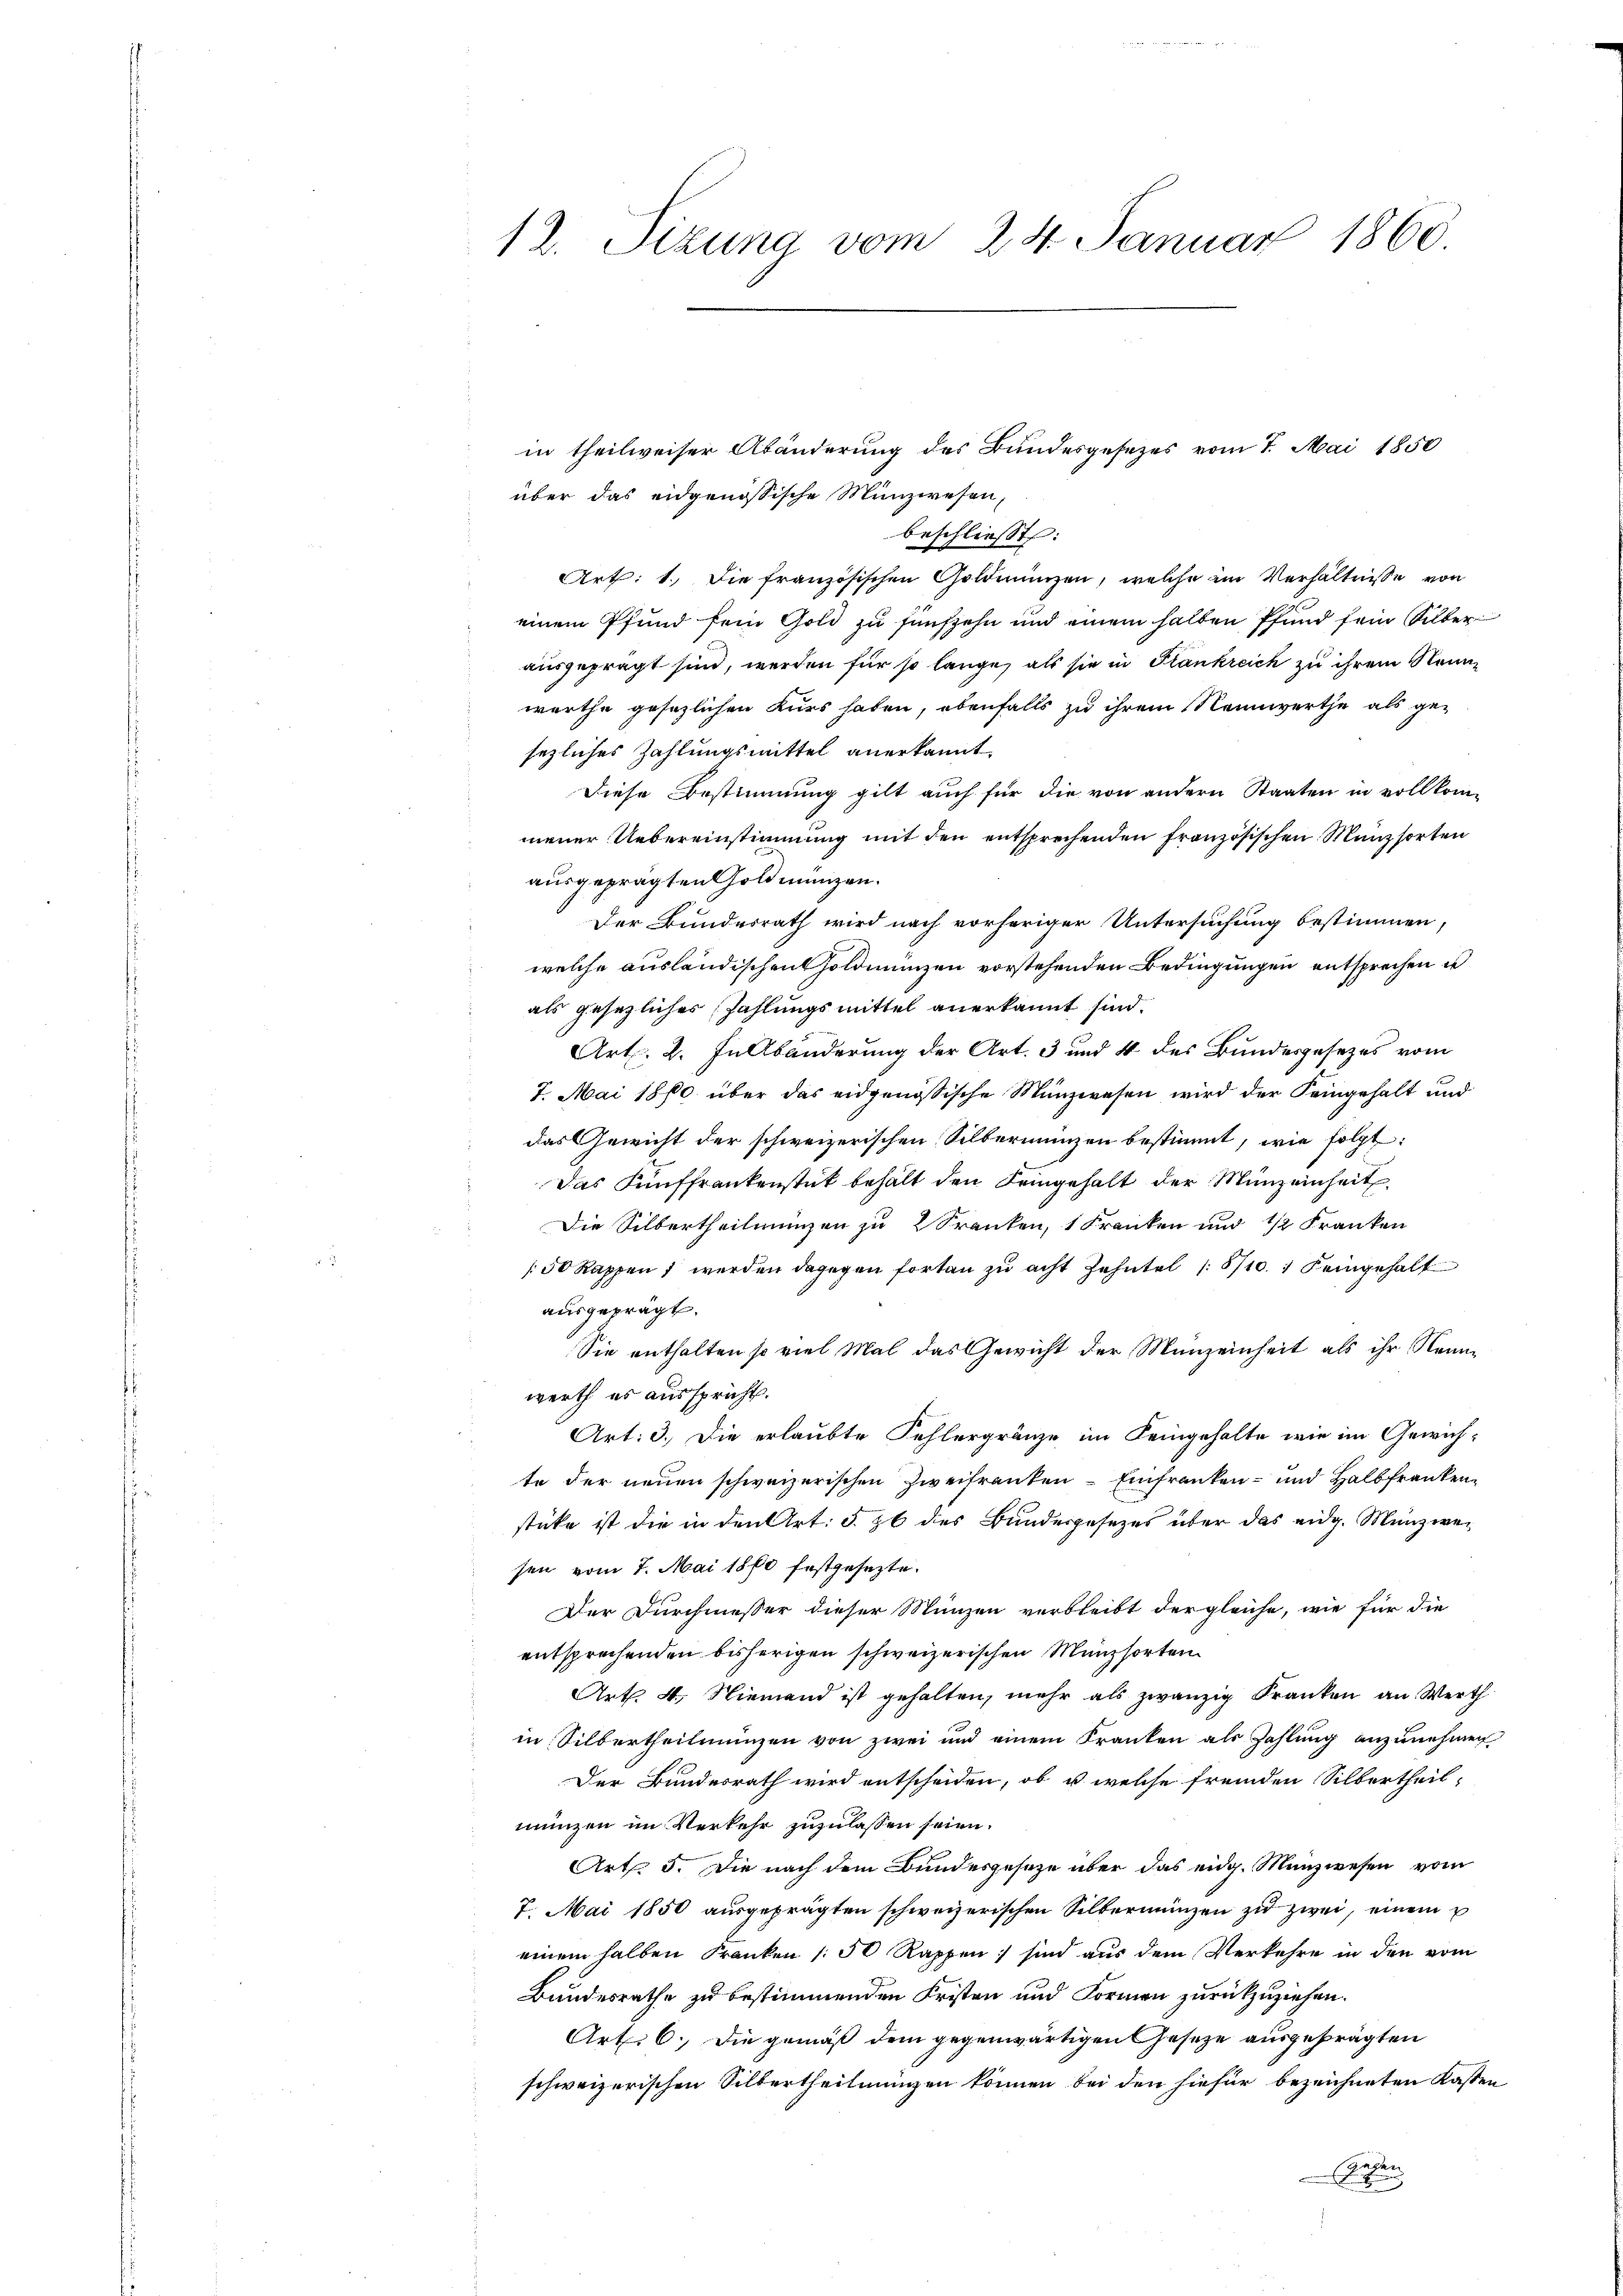
12. Sizung vom 24. Januar 1860

in theilweiser Abänderung des Bundesgesezes vom 7. Mai 1850
über das eidgenössische Münzwesen,
beschließt:
Art: 1. Die französischen Goldmünzen, welche im Verhältnisse von
einem Pfund fein Gold zu fünfzehn und einem halben Pfand sein Silber
ausgeprägt sind, werden für so lange, als sie in Frankreich zu ihrem Neunwerthe gesezlichen Kurs haben, ebenfalls zu ihrem Nennwerthe als ge-
sezliches Zahlungsmittel anerkannt.
Diese Bestimmung gilt auch für die von andern Staaten in vollkom-
mener Uebereinstimmung mit den entsprechenden französischen Münzsorten
ausgeprägten Goldmünzen.
Der Bundesrath wird nach vorheriger Untersuchung bestimmen,
welche ausländischen Goldmünzen vorstehenden Bedingungen entsprechen u
als gesezliches Zahlungsmittel anerkannt sind.
Art. 2. In Abänderung der Art. 3 und 4 des Bundesgesezes vom
7. Mai 1870 über das eidgenössische Münzwesen wird der Feingehalt und
das Gewicht der schweizerischen Silbermünzen bestimmt, wie folgt:
Das Fünffrankenstük behält den Feingehalt der Münzeinheit
Die Silbertheilungen zu 2 Franken, 1 Kranken und 1/2 Franken
/50 Rappen 1 werden dagegen fortan zu acht Zehntel 1871 eingehalt
ausgeprägt.
Sie enthalten so viel Mal das Gewicht der Munzeinheit als ihr Neunwerth es ausspricht.
Art: 3. Die erlaubte Fehlergränze im Keingehalte wie im Gewich-
te der neuen schweizerischen Zweifranken - Einfranken- und Halbfrankenstücke ist die in den Art: 5. zu des Bundesgesezes über das eidg. Münzwesen vom 7. Mai 1870 festgesezte.
Der Durchmesser dieser Münzen verbleibt der gleiche, wie für die
entsprechenden bisherigen schweizerischen Münzsorten
Art. 4. Niemand ist gehalten, mehr als zwanzig Franken an. Werth
in Silbertheilungen von zwei und einem Kranken als Zahlung anzunehmen
Der Bundesrath wird entscheiden, ob u. welche fremden Silbertheil,
münzen im Verkehr zuzulassen seien.
Art. 5. Die nach dem Bundesgesetze über das eidg. Münzwesen vom
7. Mai 1850 aŭsgeprägten schweizerischen Silbermünzen zŭ zwei, einem u
einem halben Franken (: 50 Rappen) sind aus dem Verkehre in den vom
Bundesrathe zu bestimmenden Fristen und Formen zurückzuziehen.
Art: 6. Die gemäß dem gegenwärtigen Gesetze ausgeprägten
schweizerischen Silbertheilungen können bei den hiefür bezeichneten Kasten
Sedan